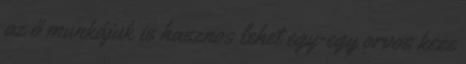
az ő munkájuk is hasznos lehet egy-egy orvos keze